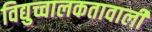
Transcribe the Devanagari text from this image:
विद्युच्चालकतावाली